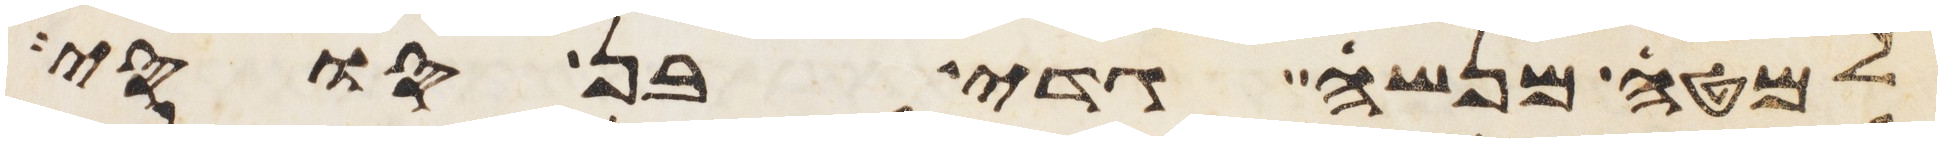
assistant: למטה מנשה גדי בן סוסי